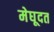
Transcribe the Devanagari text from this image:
मेघूदत